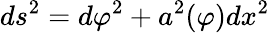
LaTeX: ds^{2}=d\varphi^{2}+a^{2}(\varphi)dx^{2}